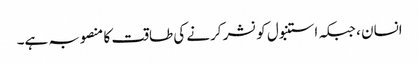
انسان ، جبکہ استنبول کو نشر کرنے کی طاقت کا منصوبہ ہے۔